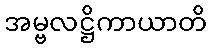
အမ္ဗလဋ္ဌိကာယာတိ